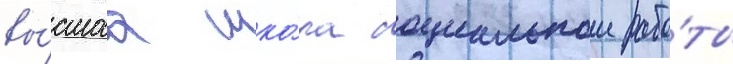
вы́сшаа шко́ла социальнои рабо́ты